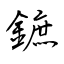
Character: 鏣